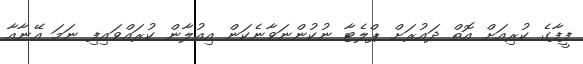
ފީފާގެ ކުރިއަށް އޮތް ދައުރަށް ޕްލެޓާ ނުކުންނަވާނެކަން އިއުލާން ކުރައްވައިފި ނަމަ އޭނާއާ